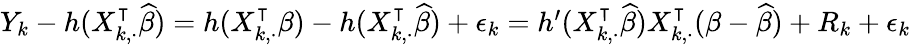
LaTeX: \begin{array}{r}{Y_{k}-h(X_{k,\cdot}^{\intercal}\widehat{\beta})=h(X_{k,\cdot}^{\intercal}\beta)-h(X_{k,\cdot}^{\intercal}\widehat{\beta})+\epsilon_{k}=h^{\prime}(X_{k,\cdot}^{\intercal}\widehat{\beta})X_{k,\cdot}^{\intercal}(\beta-\widehat{\beta})+R_{k}+\epsilon_{k}}\end{array}